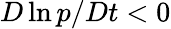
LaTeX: D\ln p/Dt<0